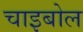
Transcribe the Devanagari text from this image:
चाइबोल